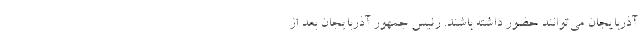
آذربایجان می‌توانند حضور داشته باشند. رئیس جمهور آذربایجان بعد از